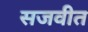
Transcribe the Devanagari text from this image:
सजवीत